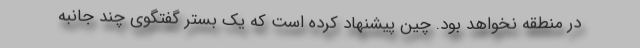
در منطقه نخواهد بود. چین پیشنهاد کرده است که یک بستر گفتگوی چند جانبه